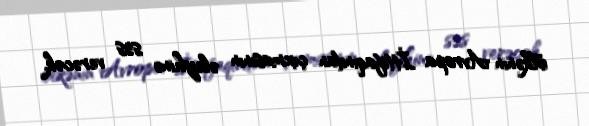
ölkənin Avropa İttifaqından çıxmasının əleyhinə səs verəcək.